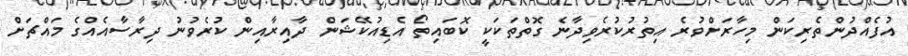
އުފެއްދުންތެރިކަން މިހާރަށްވުުރެ އިތުރުކުރެވިދާނެ ގޮތްތަކަކީ ކޮބައިތޯ އެޑިއުކޭޝަން ދާއިރާއިން ކުރެވުނު ދިރާސާއެއްގެ މައްޗަށް